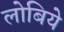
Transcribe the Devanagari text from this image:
लोबिये